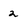
Character: 2